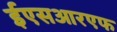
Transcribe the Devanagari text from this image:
ईएसआरएफ